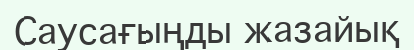
Саусағыңды жазайық